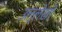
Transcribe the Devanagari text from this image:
उल्लेखाें